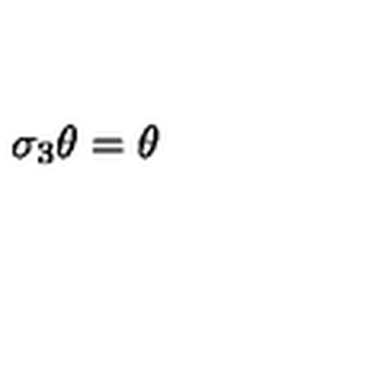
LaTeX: \sigma _ { 3 } \theta = \theta